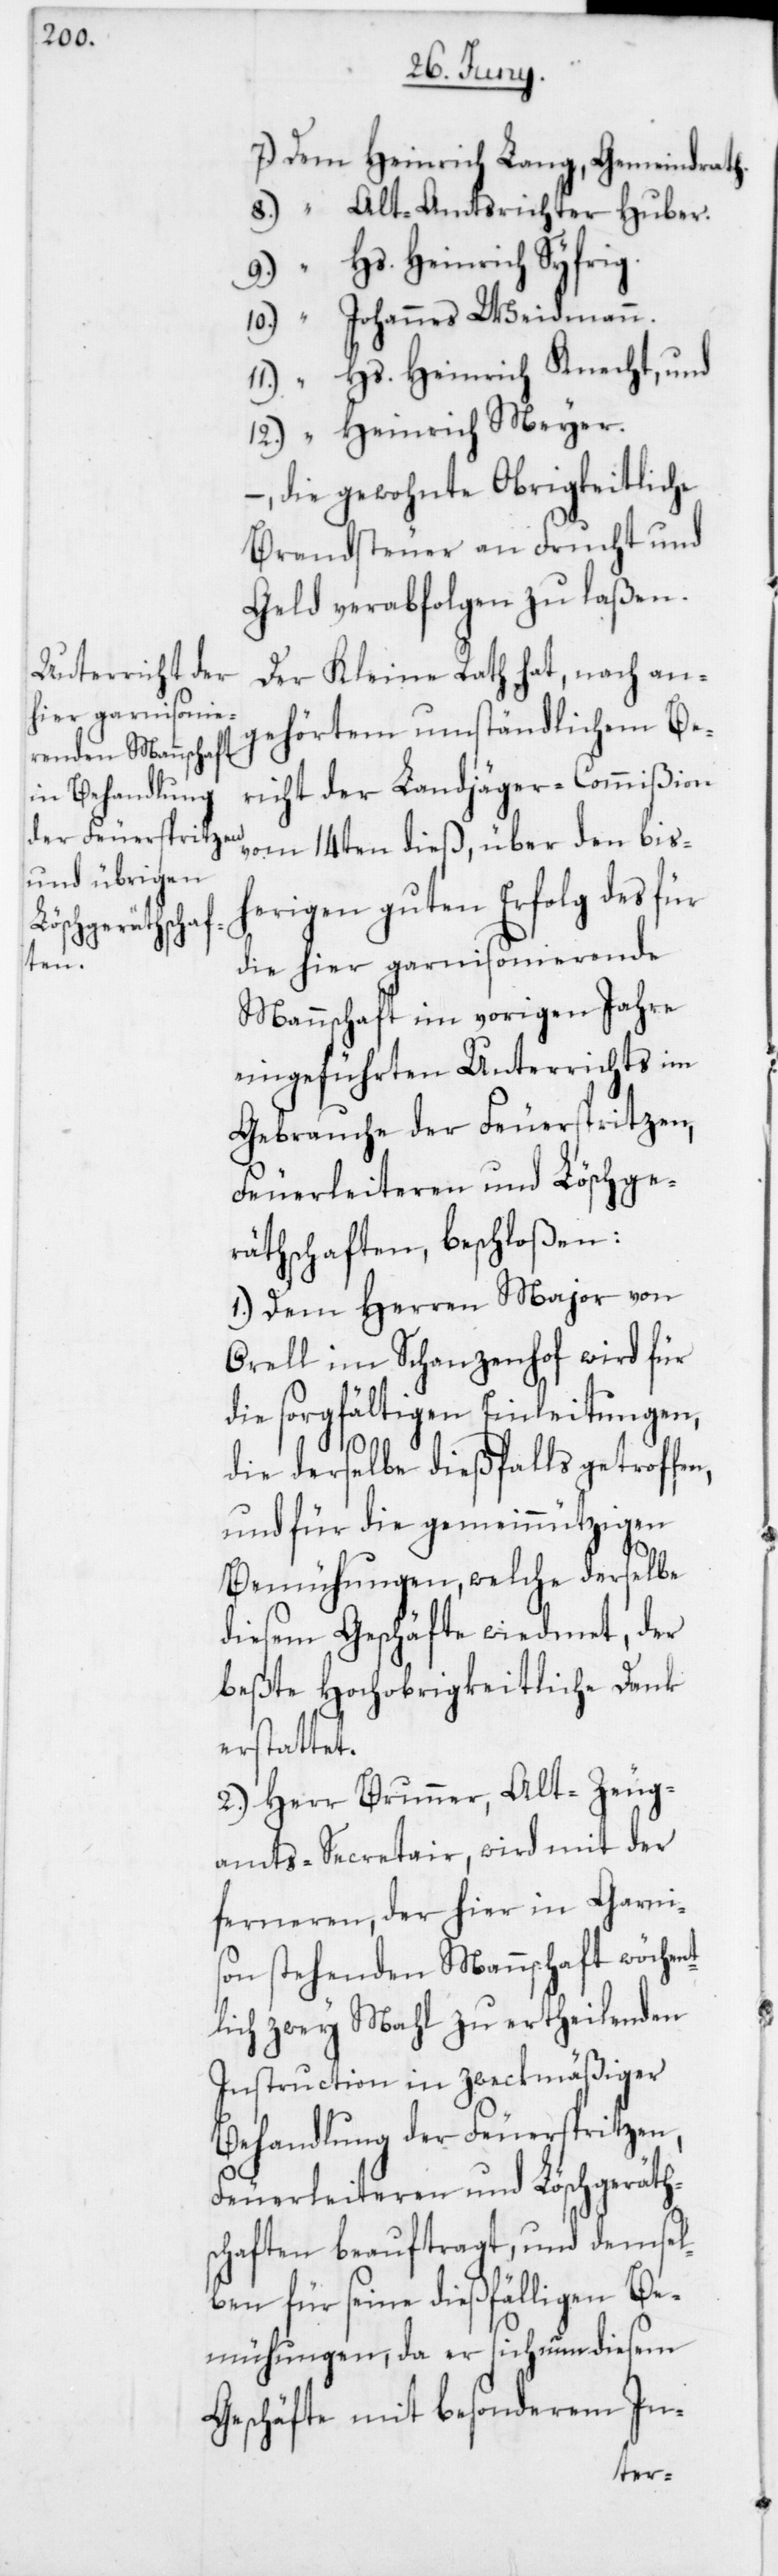
7. Dem Heinrich Lang, Gemeindrath.
8. “ Alt-Amtsrichter Huber.
9. “ Hs. Heinrich Syfrig.
10. “ Johannes Weidmann.
11. “ Hs. Heinrich Knecht, und
12. “ Heinrich Meyer.
–, die gewohnte Obrigkeitliche
Brandsteuer an Frucht und
Geld verabfolgen zu laßen.
Der Kleine Rath hat, nach an¬
gehörtem umständlichen Be¬
richt der Landjäger-Commißion
vom 14ten dieß, über den bish¬
erigen guten Erfolg des für
die hier garnisonierende
Mannschaft im vorigen Jahre
eingeführten Unterrichts im
Gebrauche der Feuerspritzen,
Feuerleiteren und Löschge¬
räthschaften, beschloßen:
1. Dem Herren Major von
Orell im Schanzenhof wird für
die sorgfältigen Einleitungen,
die derselbe dießfalls getroffen,
und für gemeinnützigen
Bemühungen, welche derselbe
diesem Geschäfte wiedmet, der
beßte Hochobrigkeitliche Dank
erstattet.
2. Herr Brunner, Alt-Zeug¬
amts-Secretair, wird mit der
ferneren, der hier in Garnis¬
on stehenden Mannschaft wöchen¬
tlich zwey Mahl zu ertheilenden
Instruction in zweckmäßiger
Behandlung der Feuerspritzen,
Feuerleiteren und Löschgeräths¬
chaften beauftragt, und demsel¬
ben für seine dießfälligen Be¬
mühungen, da er sich nun diesem
Geschäfte mit besonderem In-